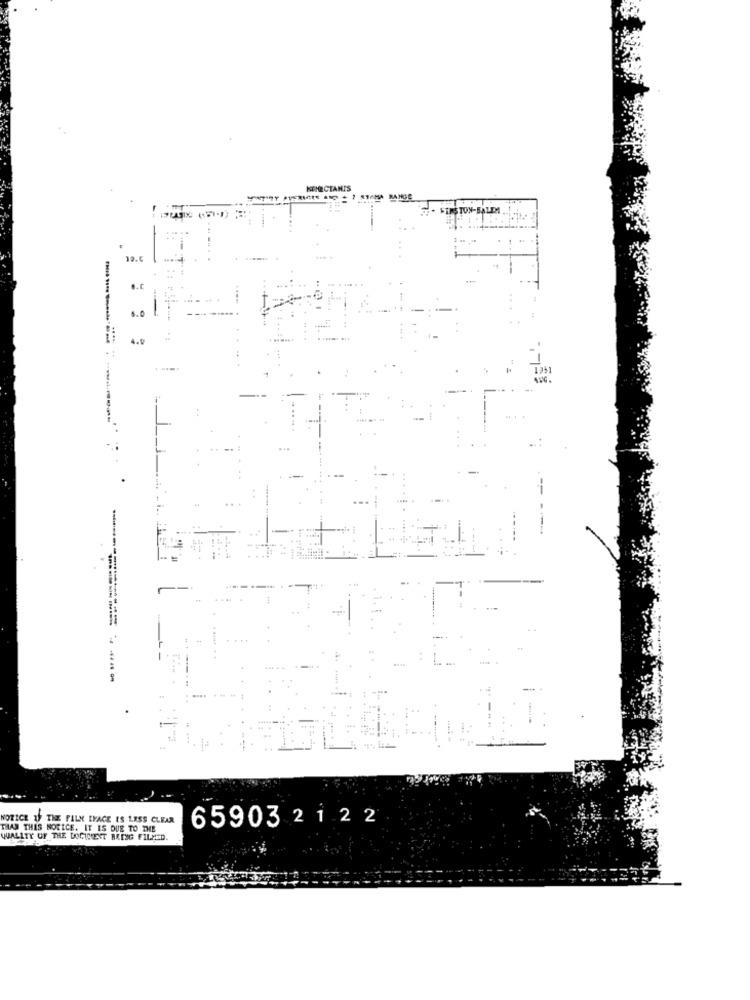
KEMECTANTS
FIRSTON-BALEA
.C
4.0
..
..
:
NOTICE IF THE FILM LYAGE IS LESS CLEAR
659032 122
THAN THIS NOTICE. IT IS DUE TO THE
QUALITY OF THE DOCUMENT BRENG FILLED.